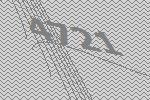
4721